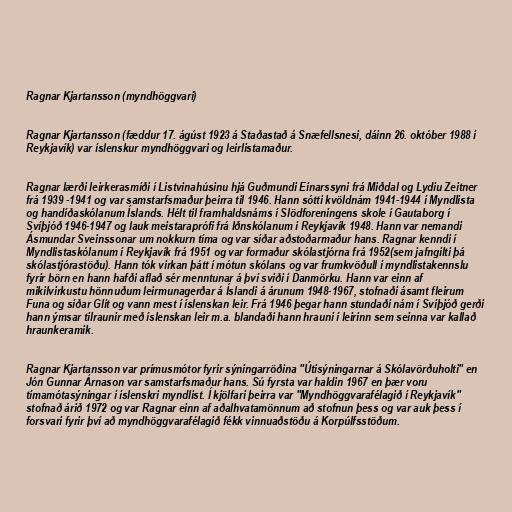
Ragnar Kjartansson (myndhöggvari)

Ragnar Kjartansson (fæddur 17. ágúst 1923 á Staðastað á Snæfellsnesi, dáinn 26. október 1988 í
Reykjavík) var íslenskur myndhöggvari og leirlistamaður.

Ragnar lærði leirkerasmíði í Listvinahúsinu hjá Guðmundi Einarssyni frá Miðdal og Lydiu Zeitner
frá 1939 -1941 og var samstarfsmaður þeirra til 1946. Hann sótti kvöldnám 1941-1944 í Myndlista
og handíðaskólanum Íslands. Hélt til framhaldsnáms í Slödforeningens skole í Gautaborg í
Svíþjóð 1946-1947 og lauk meistaraprófi frá Iðnskólanum í Reykjavík 1948. Hann var nemandi
Ásmundar Sveinssonar um nokkurn tíma og var síðar aðstoðarmaður hans. Ragnar kenndi í
Myndlistaskólanum í Reykjavík frá 1951 og var formaður skólastjórna frá 1952(sem jafngilti þá
skólastjórastöðu). Hann tók virkan þátt í mótun skólans og var frumkvöðull í myndlistakennslu
fyrir börn en hann hafði aflað sér menntunar á því sviði í Danmörku. Hann var einn af
mikilvirkustu hönnuðum leirmunagerðar á Íslandi á árunum 1948-1967, stofnaði ásamt fleirum
Funa og síðar Glit og vann mest í íslenskan leir. Frá 1946 þegar hann stundaði nám í Svíþjóð gerði
hann ýmsar tilraunir með íslenskan leir m.a. blandaði hann hrauni í leirinn sem seinna var kallað
hraunkeramik.

Ragnar Kjartansson var prímusmótor fyrir sýningarröðina "Útisýningarnar á Skólavörðuholti" en
Jón Gunnar Árnason var samstarfsmaður hans. Sú fyrsta var haldin 1967 en þær voru
tímamótasýningar í íslenskri myndlist. Í kjölfari þeirra var "Myndhöggvarafélagið í Reykjavík"
stofnað árið 1972 og var Ragnar einn af aðalhvatamönnum að stofnun þess og var auk þess í
forsvari fyrir því að myndhöggvarafélagið fékk vinnuaðstöðu á Korpúlfsstöðum.